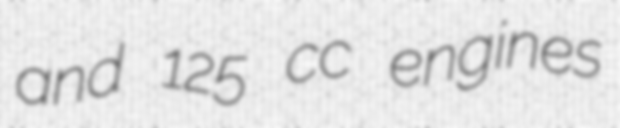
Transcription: and 125 cc engines